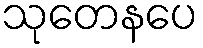
သုတေနပေ